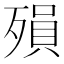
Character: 殞